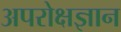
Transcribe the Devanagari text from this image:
अपरोक्षज्ञान